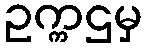
ဥက္ကဌမှ